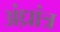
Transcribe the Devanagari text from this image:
अंध्रांत्र